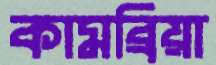
কামব্রিয়া